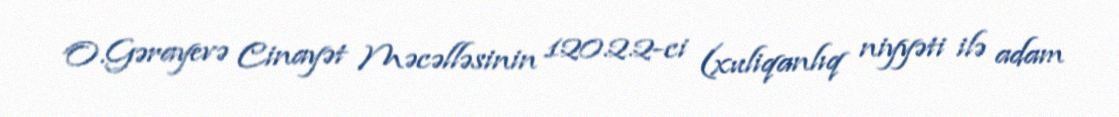
O.Gərayevə Cinayət Məcəlləsinin 120.2.2-ci (xuliqanlıq niyyəti ilə adam